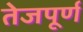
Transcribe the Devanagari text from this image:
तेजपूर्ण